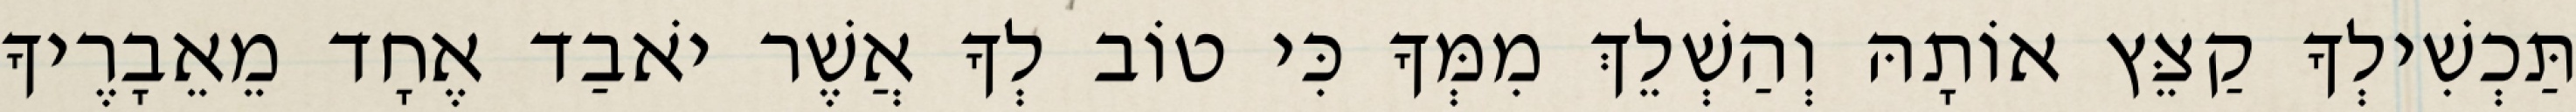
תַּכְשִׁילְךָ קַצֵּץ אוֹתָהּ וְהַשְׁלֵךְ מִמְּךָ כִּי טוֹב לְךָ אֲשֶׁר יֹאבַד אֶחָד מֵאֵבָרֶיךָ